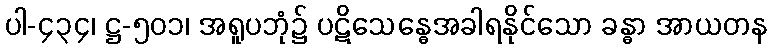
ပါ-၄၃၄၊ ဋ္ဌ-၅၀၁၊ အရူပဘုံ၌ ပဋိသေန္ဓေအခါရနိုင်သော ခန္ဓာ အာယတန